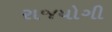
રાજયોગી